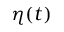
\eta ( t )